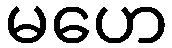
မဟေ